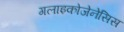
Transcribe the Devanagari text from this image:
गलाइकोजेनेसिस